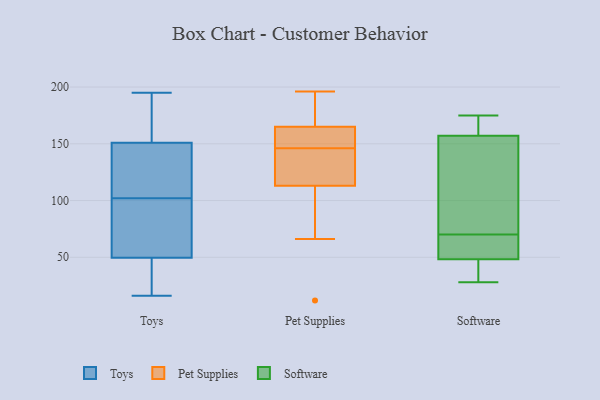
{"axis": {"x": "Budget (USD K)", "y": "Value"}, "legend": ["Pet Supplies", "Software", "Toys"], "data": [{"x": "", "y": 175, "type": "Toys"}, {"x": "", "y": 20, "type": "Toys"}, {"x": "", "y": 169, "type": "Toys"}, {"x": "", "y": 175, "type": "Toys"}, {"x": "", "y": 16, "type": "Toys"}, {"x": "", "y": 71, "type": "Toys"}, {"x": "", "y": 22, "type": "Toys"}, {"x": "", "y": 89, "type": "Toys"}, {"x": "", "y": 152, "type": "Toys"}, {"x": "", "y": 20, "type": "Toys"}, {"x": "", "y": 195, "type": "Toys"}, {"x": "", "y": 102, "type": "Toys"}, {"x": "", "y": 46, "type": "Toys"}, {"x": "", "y": 60, "type": "Toys"}, {"x": "", "y": 126, "type": "Toys"}, {"x": "", "y": 133, "type": "Toys"}, {"x": "", "y": 74, "type": "Toys"}, {"x": "", "y": 148, "type": "Toys"}, {"x": "", "y": 115, "type": "Toys"}, {"x": "", "y": 141, "type": "Pet Supplies"}, {"x": "", "y": 151, "type": "Pet Supplies"}, {"x": "", "y": 82, "type": "Pet Supplies"}, {"x": "", "y": 12, "type": "Pet Supplies"}, {"x": "", "y": 190, "type": "Pet Supplies"}, {"x": "", "y": 113, "type": "Pet Supplies"}, {"x": "", "y": 155, "type": "Pet Supplies"}, {"x": "", "y": 129, "type": "Pet Supplies"}, {"x": "", "y": 174, "type": "Pet Supplies"}, {"x": "", "y": 152, "type": "Pet Supplies"}, {"x": "", "y": 132, "type": "Pet Supplies"}, {"x": "", "y": 196, "type": "Pet Supplies"}, {"x": "", "y": 165, "type": "Pet Supplies"}, {"x": "", "y": 131, "type": "Pet Supplies"}, {"x": "", "y": 155, "type": "Pet Supplies"}, {"x": "", "y": 66, "type": "Pet Supplies"}, {"x": "", "y": 66, "type": "Pet Supplies"}, {"x": "", "y": 167, "type": "Pet Supplies"}, {"x": "", "y": 118, "type": "Software"}, {"x": "", "y": 67, "type": "Software"}, {"x": "", "y": 52, "type": "Software"}, {"x": "", "y": 175, "type": "Software"}, {"x": "", "y": 70, "type": "Software"}, {"x": "", "y": 107, "type": "Software"}, {"x": "", "y": 37, "type": "Software"}, {"x": "", "y": 54, "type": "Software"}, {"x": "", "y": 92, "type": "Software"}, {"x": "", "y": 156, "type": "Software"}, {"x": "", "y": 160, "type": "Software"}, {"x": "", "y": 171, "type": "Software"}, {"x": "", "y": 31, "type": "Software"}, {"x": "", "y": 165, "type": "Software"}, {"x": "", "y": 67, "type": "Software"}, {"x": "", "y": 29, "type": "Software"}, {"x": "", "y": 28, "type": "Software"}]}